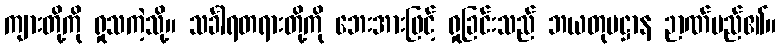
ကျားတို့ကို ရှုသကဲ့သို့။ သင်္ခါရတရားတို့ကို ဘေးအားဖြင့် ရှုခြင်းသည် ဘယတုပဋ္ဌာန ဉာဏ်မည်၏။